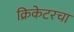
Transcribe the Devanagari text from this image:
क्रिकेटरचा